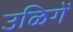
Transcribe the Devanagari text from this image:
उळिगें